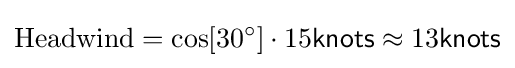
{\text{Headwind}}=\cos[30^{\circ }]\cdot 15{\mathsf {knots}}\approx 13{\mathsf {knots}}